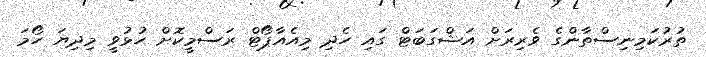
ތުރުކަމިނިސްތާންގެ ވެރިރަށް އަޝްގަބަޓް ގައި ހެދި މިއެއާޕޯޓް ރަސްމީކޮށް ހުޅުވީ މިދިޔަ ހޯމަ